Vaccine operations Central Provinces 1900-1911 - 1900-1911
Year: 1900
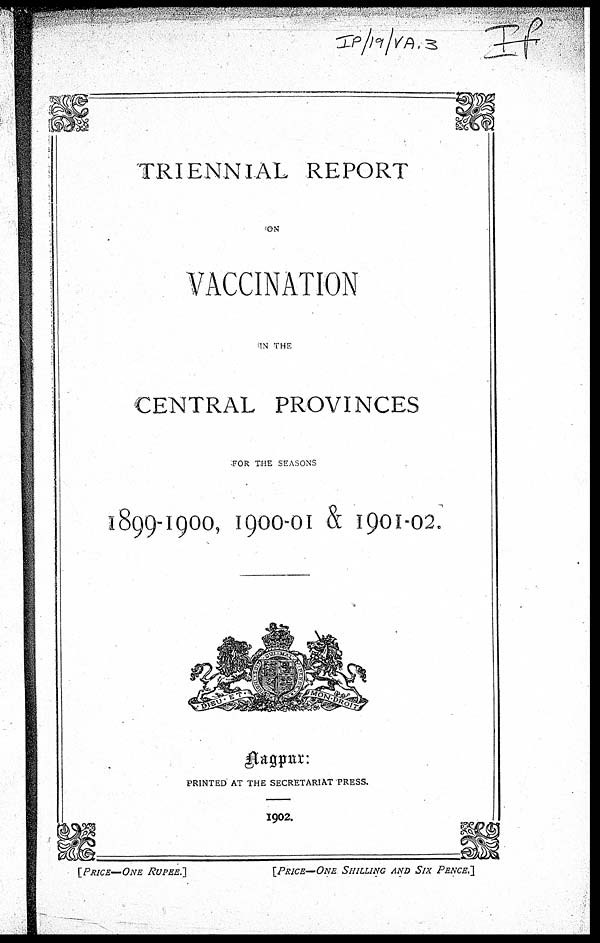
TRIENNIAL REPORT
ON
VACCINATION
IN THE
CENTRAL PROVINCES
FOR THE SEASONS
1899-1900, 1900-01 & 1901-02.
Nagpur :
PRINTED AT THE SECRETARIAT PRESS.
1902.
[PRICE—ONE RUPEE.]
[PRICE—ONE SHILLING AND SIX PENCE.]